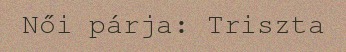
Női párja: Triszta